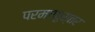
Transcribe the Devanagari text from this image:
परमाणुस्तर